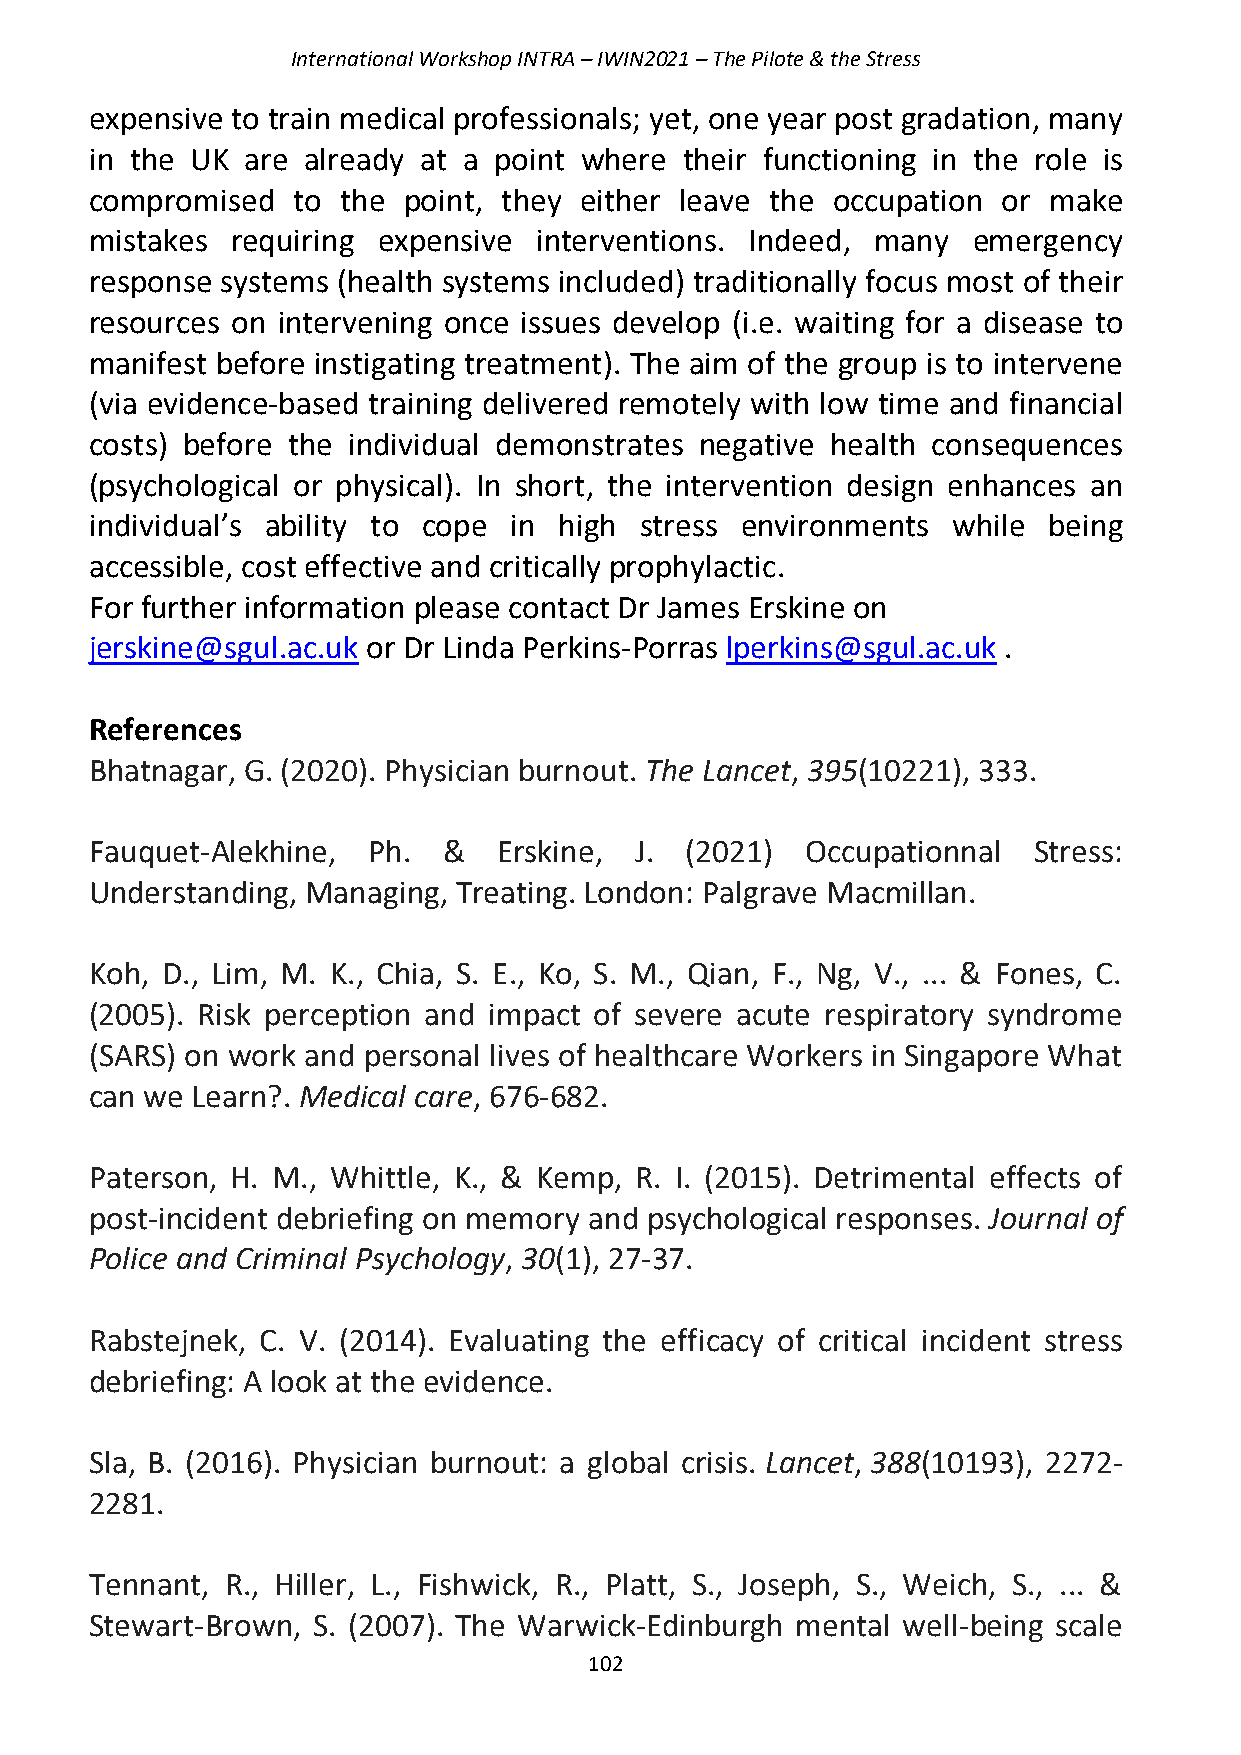
International Workshop INTRA – IWIN2021 – The Pilote & the Stress
 expensive to train medical professionals; yet, one year post gradation, many
 in the UK are already at a point where their functioning in the role is
 compromised  to  the point, they either leave the occupation or make
 mistakes requiring expensive interventions. Indeed, many  emergency
 response systems (health systems included) traditionally focus most of their
 resources on intervening once issues develop (i.e. waiting for a disease to
 manifest before instigating treatment). The aim of the group is to intervene
 (via evidence-based training delivered remotely with low time and financial
 costs) before the individual demonstrates negative health consequences
 (psychological or physical). In short, the intervention design enhances an
 individual’s ability to cope in high stress environments while being
 accessible, cost effective and critically prophylactic.
 For further information please contact Dr James Erskine on
 jerskine@sgul.ac.uk or Dr Linda Perkins-Porras lperkins@sgul.ac.uk .
 References
 Bhatnagar, G. (2020). Physician burnout. The Lancet, 395(10221), 333.
 Fauquet-Alekhine, Ph.  &   Erskine, J. (2021)  Occupationnal  Stress:
 Understanding, Managing, Treating. London: Palgrave Macmillan.
 Koh, D., Lim, M. K., Chia, S. E., Ko, S. M., Qian, F., Ng, V., ... & Fones, C.
 (2005). Risk perception and impact of severe acute respiratory syndrome
 (SARS) on work and personal lives of healthcare Workers in Singapore What
 can we Learn?. Medical care, 676-682.
 Paterson, H. M., Whittle, K., & Kemp, R. I. (2015). Detrimental effects of
 post-incident debriefing on memory and psychological responses. Journal of
 Police and Criminal Psychology, 30(1), 27-37.
 Rabstejnek, C. V. (2014). Evaluating the efficacy of critical incident stress
 debriefing: A look at the evidence.
 Sla, B. (2016). Physician burnout: a global crisis. Lancet, 388(10193), 2272-
 2281.
 Tennant, R., Hiller, L., Fishwick, R., Platt, S., Joseph, S., Weich, S., ... &
 Stewart-Brown, S. (2007). The Warwick-Edinburgh mental well-being scale
 102